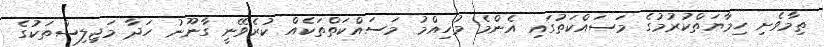
ތިމާވެށި ހިމާޔަތްކުރުމުގެ މަސައްކަތުގައި އެންމެ މުހިއްމު މަސައްކަތްތަކެއް ކުރެވޭނީ ގާނޫނު ހަދާ މަޖިލިސްތަކުގެ